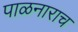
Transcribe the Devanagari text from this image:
पाळनाराच